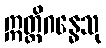
ဣတ္ထိဂန္ဓေသု